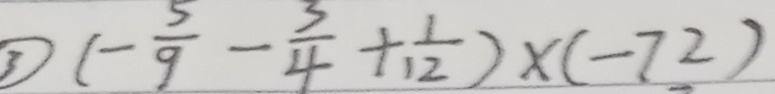
\textcircled { 3 } ( - \frac { 5 } { 9 } - \frac { 3 } { 4 } + \frac { 1 } { 1 2 } ) \times ( - 7 2 )